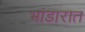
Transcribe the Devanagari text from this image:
भांडारात